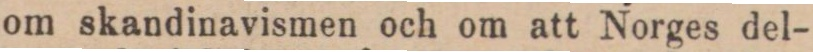
om skandinavismen och om att Norges del-